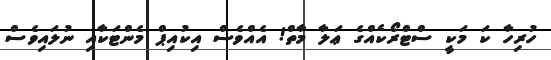
ހުރިހާ ކަ މަކީ ސްޓްރޯކެއްގެ ޢަލާ މާތް! އެއްވެސް އިކުއިޕް މެންޓަކާއި ނުލައިވެސް